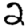
Digit: 2